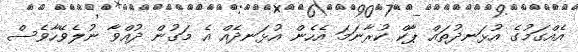
އެއްގަމުގެ އުޅަނދުތައް ޕާކް ކުރާނަމަ އެހެން އުޅަނދެއް އެ މަގުން ދުއްވާ ނުލެވޭހާވެސް